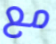
مع